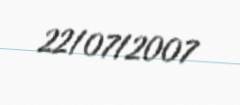
22/07/2007